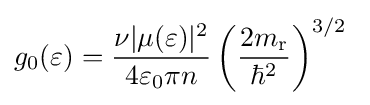
g_{0}(\varepsilon )={\frac {\nu |\mu (\varepsilon )|^{2}}{4\varepsilon _{0}\pi n}}\left({\frac {2m_{\mathrm {r} }}{\hbar ^{2}}}\right)^{3/2}~